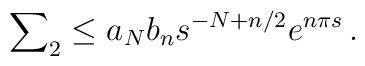
\sum\nolimits_2\leq a_N b_n s^{-N+n/2} e^{n\pi s}\, .